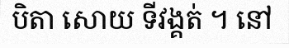
បិតា សោយ ទីវង្គត់ ។ នៅ